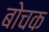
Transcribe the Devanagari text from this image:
बोचक